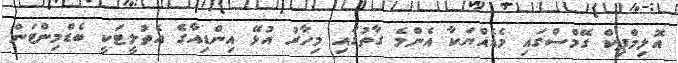
އޮލިމްޕިކް ގޭމްސްގައި މެޑެއްޔަކާ އެންމެ ގާތުގައި މިހާރު އުޅޭ އިންޑިއާގެ އެތުލީޓަކީ ބެޑްމިންޓަން